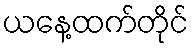
ယနေ့ထက်တိုင်